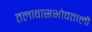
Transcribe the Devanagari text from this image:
तलावासभोवताली